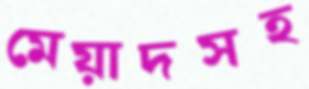
মেয়াদসহ